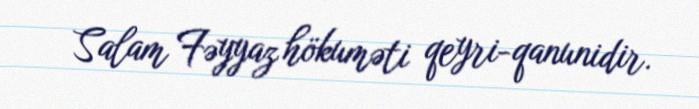
Salam Fəyyaz hökuməti qeyri-qanunidir.